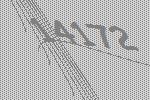
14172